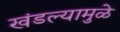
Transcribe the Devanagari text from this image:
खंडल्यामुळे